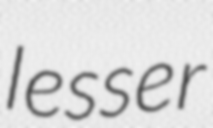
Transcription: lesser